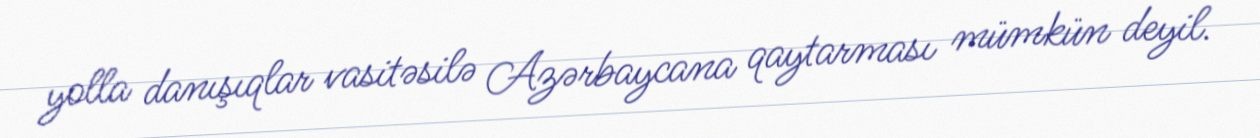
yolla danışıqlar vasitəsilə Azərbaycana qaytarması mümkün deyil.